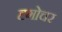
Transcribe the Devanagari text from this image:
दृगोचर